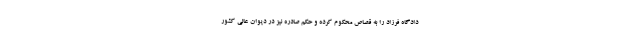
دادگاه فرزاد را به قصاص محکوم کرده و حکم صادره نیز در دیوان عالی کشور